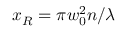
x _ { R } = \pi w _ { 0 } ^ { 2 } n / \lambda